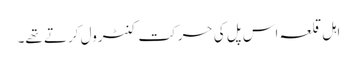
اہل قلعہ اس پل کی حرکت کنٹرول کرتے تھے۔